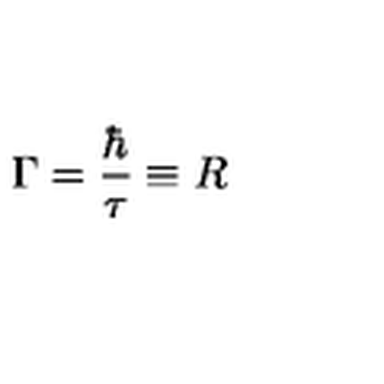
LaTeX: \Gamma = \frac { \hbar } { \tau } \equiv R